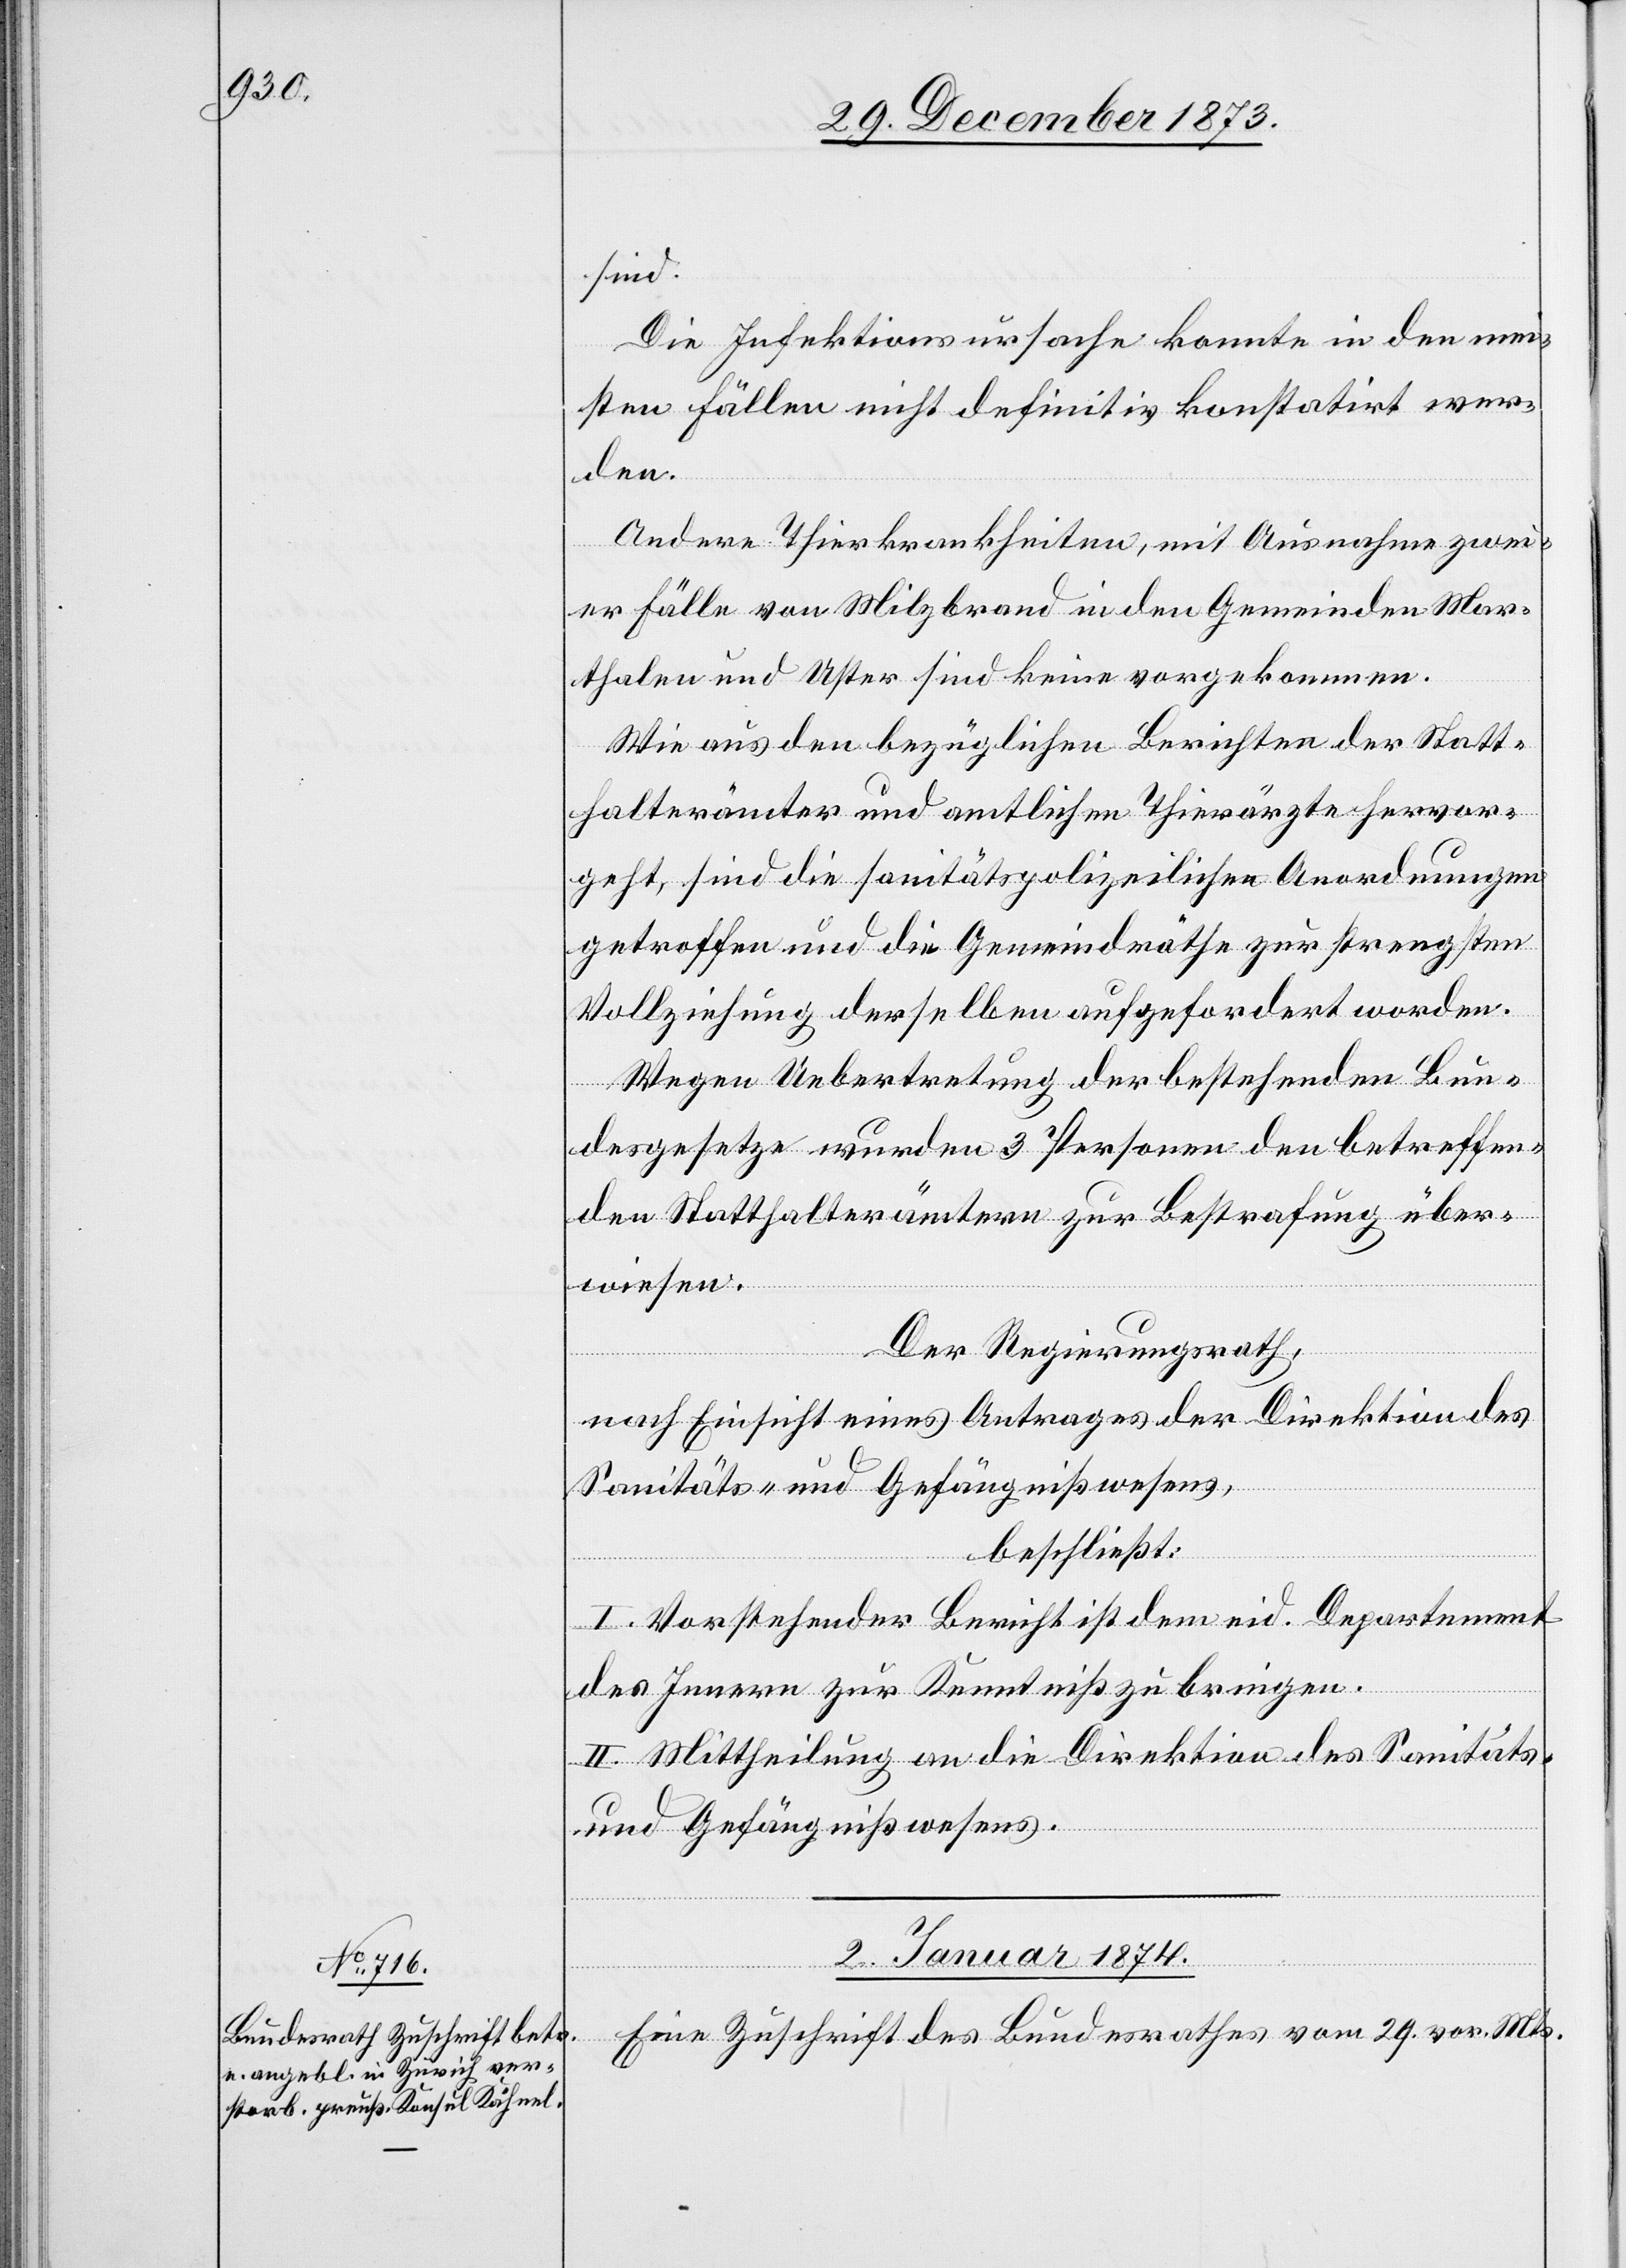
sind.
Die Infektionsursache konnte in den mei¬
sten Fällen nicht definitiv konstatirt wer¬
den.
Andere Thierkrankheiten, mit Ausnahme zwei¬
er Fälle von Milzbrand in den Gemeinden Mar¬
thalen und Uster sind keine vorgekommen.
Wie aus den bezüglichen Berichten der Statt¬
halterämter und amtlichen Thierärzte hervor¬
geht, sind die sanitätspolizeilichen Anordnungen
getroffen und die Gemeindräthe zur strengsten
Vollziehung derselben aufgefordert worden.
Wegen Uebertretung der bestehenden Bun¬
desgesetze wurden 3 Personen den betreffen¬
den Statthalterämtern zur Bestrafung über¬
wiesen.
Der Regierungsrath,
nach Einsicht eines Antrages der Direktion des
Sanitäts- und Gefängnißwesens,
beschließt:
I. Vorstehender Bericht ist dem eid. Departement
des Innern zur Kenntniß zu bringen.
II. Mittheilung an die Direktion des Sanitäts-
und Gefängnißwesens.
2. Januar 1874.
Eine Zuschrift des Bundesrathes vom 29. vor. Mts.